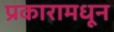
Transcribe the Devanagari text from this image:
प्रकारामधून